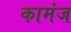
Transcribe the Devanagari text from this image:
कामंज